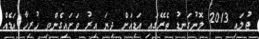
ޖުލައި 2013 ލޮނުގަނޑު ތެރޭގައި އަޑިއަށް ދިޔަ އިރު ވަށައިގެންވި ހުރިހާ އަޑެއް